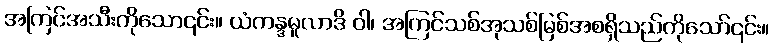
အကြင်အသီးကိုသော၎င်း။ ယံကန္ဒမူလာဒိ ဝါ၊ အကြင်သစ်အုသစ်မြစ်အစရှိသည်ကိုသော်၎င်း။